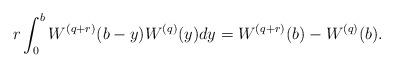
LaTeX: \begin{align*}r\int_0^{b}W^{(q+r)}(b-y)W^{(q)}(y)dy=W^{(q+r)}(b)-W^{(q)}(b).\end{align*}